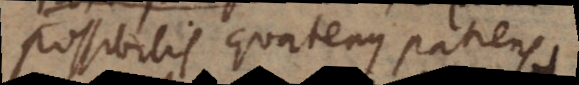
possibilis quatenus patiens.